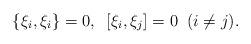
LaTeX: \begin{align*}\{\xi _i,\xi _i\}=0,\;\;[\xi _i,\xi _j]=0\;\;(i\neq j).\end{align*}